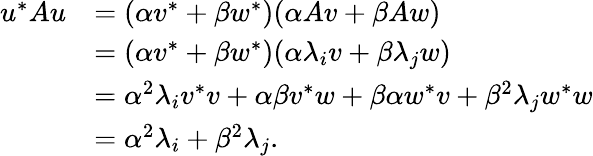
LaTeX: \begin{array}{rl}{u^{\ast}Au}&{=(\alpha v^{\ast}+\beta w^{\ast})(\alpha Av+\beta Aw)}\\ &{=(\alpha v^{*}+\beta w^{*})(\alpha\lambda_{i}v+\beta\lambda_{j}w)}\\ &{=\alpha^{2}\lambda_{i}v^{\ast}v+\alpha\beta v^{\ast}w+\beta\alpha w^{\ast}v+\beta^{2}\lambda_{j}w^{\ast}w}\\ &{=\alpha^{2}\lambda_{i}+\beta^{2}\lambda_{j}.}\end{array}